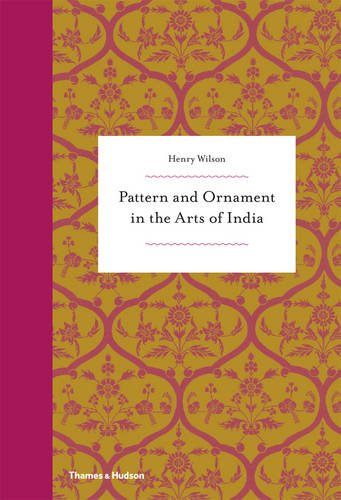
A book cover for Pattern and Ornament in the Arts of India; Henry Wilson; Arts & Photography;